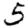
Digit: 5